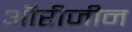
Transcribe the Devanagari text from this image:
ऑरीजीन